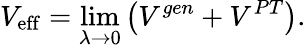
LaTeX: V_{\mathrm{eff}}=\operatorname*{lim}_{\lambda\rightarrow 0}\left(V^{gen}+V^{PT}\right).